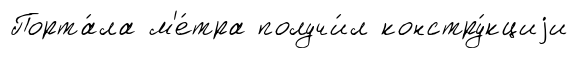
Порта́ла м'е́тра получи́л констру́кциjи